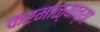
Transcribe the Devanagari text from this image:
करमाळ्याच्या